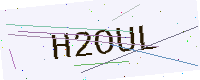
Text: H2OUL